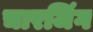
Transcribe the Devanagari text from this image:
चारजिंग